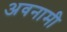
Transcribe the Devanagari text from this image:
अवनामी